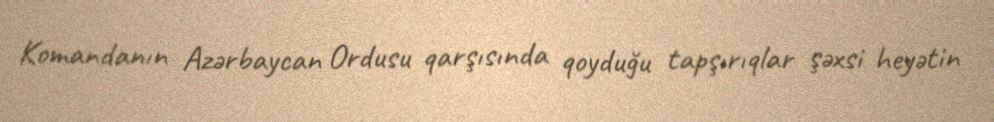
Komandanın Azərbaycan Ordusu qarşısında qoyduğu tapşırıqlar şəxsi heyətin